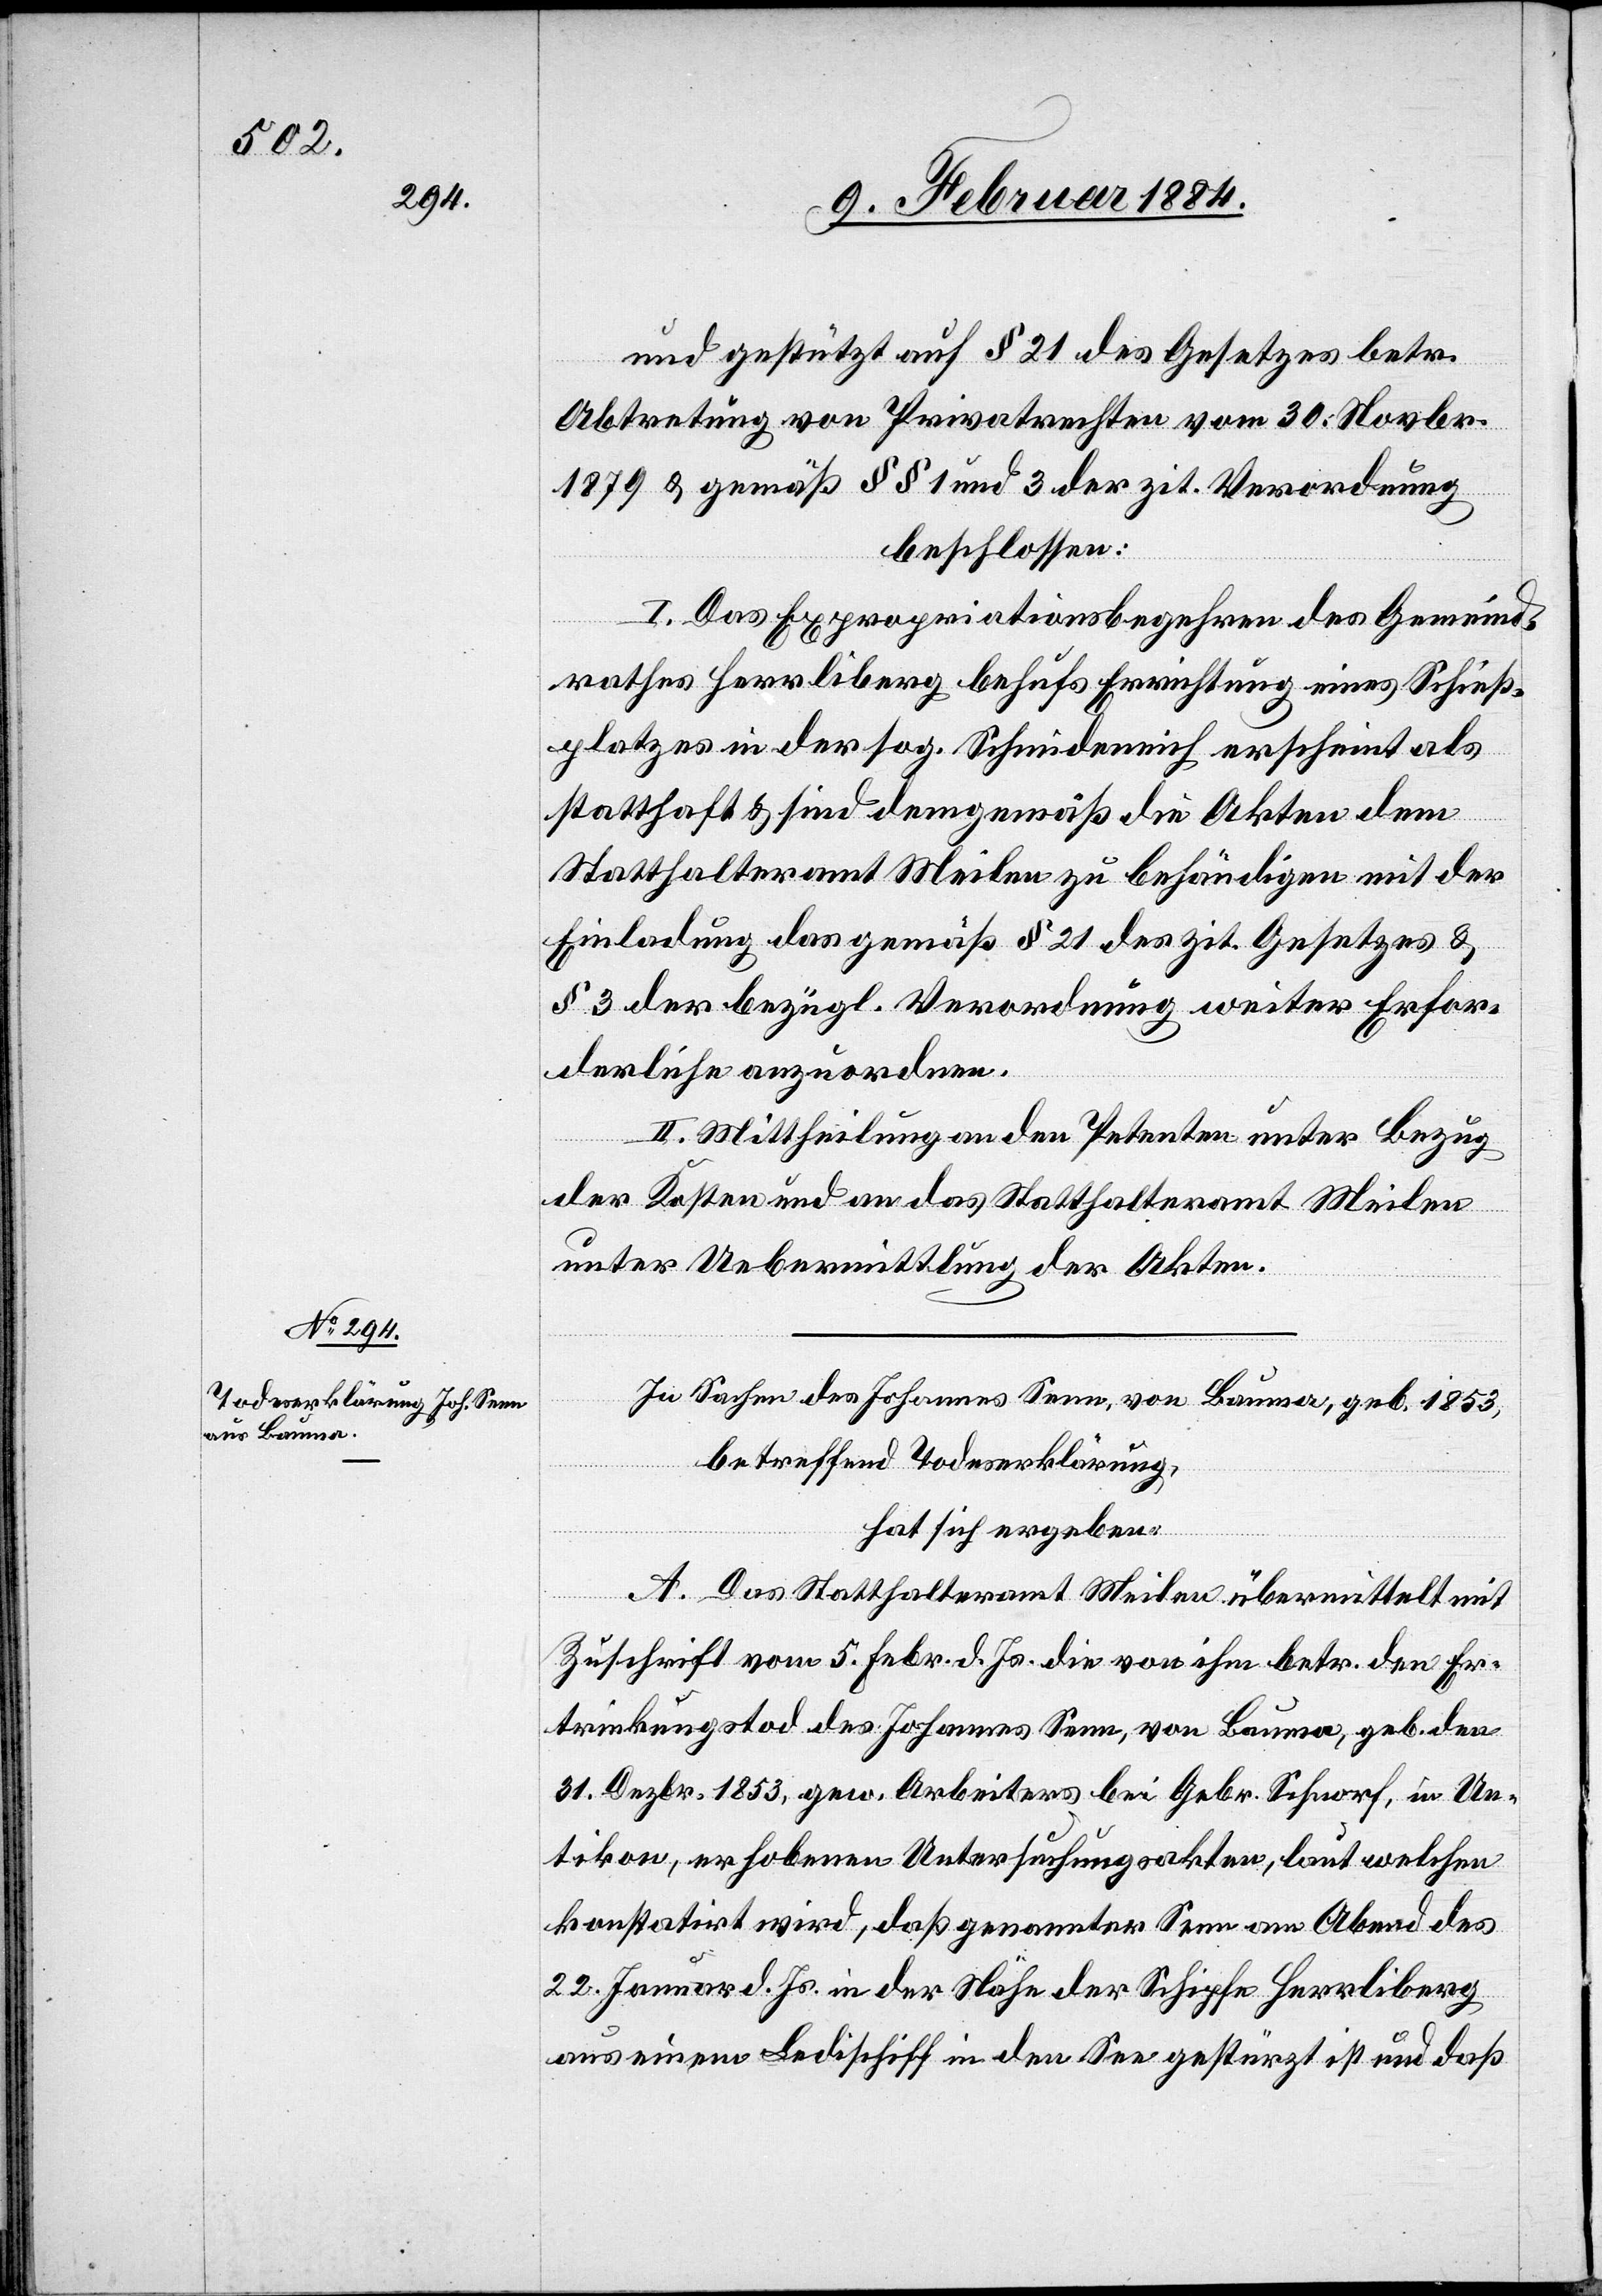
und gestützt auf § 21 des Gesetzes betr.
Abtretung von Privatrechten vom 30. Novbr.
1879 & gemäß §§ 1 und 3 der zit. Verordnung
beschlossen:
I. Das Expropriationsbegehren des Gemeind¬
rathes Herrliberg behufs Errichtung eines Schieß¬
platzes in der sog. Schmideneich erscheint als
statthaft & sind demgemäß die Akten dem
Statthalteramt Meilen zu behändigen mit der
Einladung das gemäß § 21 des zit. Gesetzes &
§ 3 der bezügl. Verordnung weiter Erfor¬
derliche anzuordnen.
II. Mittheilung an den Petenten unter Bezug
der Kosten und an das Statthalteramt Meilen
unter Uebermittlung der Akten.
In Sachen des Johannes Senn, von Bauma, geb. 1853,
betreffend Todeserklärung,
hat sich ergeben:
A. Das Statthalteramt Meilen übermittelt mit
Zuschrift vom 5. Febr. d Js. die von ihm betr. dem Er¬
trinkungstod des Johannes Senn, von Bauma, geb. den
31. Dezbr. 1853, gew. Arbeiters bei Gebr. Schnorf, in Ue¬
tikon, erhobenen Untersuchungsakten, laut welchen
konstatirt wird, daß genannter Senn am Abend des
22. Januar d. Js. in der Nähe der Schipfe Herrliberg
aus einem Ledischiff in den See gestürzt ist und daß